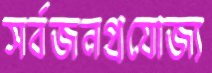
সর্বজনপ্রযোজ্য